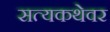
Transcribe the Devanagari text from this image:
सत्यकथेवर